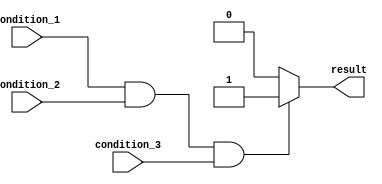
module if_else_statement (
    input wire condition_1,
    input wire condition_2,
    input wire condition_3,
    output reg result
);

always @ (*) begin
    if (condition_1 && condition_2 && condition_3) begin
        result <= 1'b1; // Execute this block of code if all conditions are true
    end else begin
        result <= 1'b0; // Execute this block of code if any of the conditions are false
    end
end

endmodule